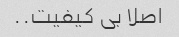
اصلا بی کیفیت..